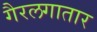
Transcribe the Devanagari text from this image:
गैरलगातार